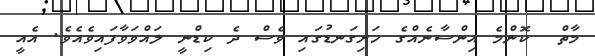
މާތް  ކޮންމެ އިންސާނެއްގެ ހަށިގަނޑުގައި ވެސް ދެ ކިޑްނީ ލައްވަވާފައިވެއެވެ. އެއީ